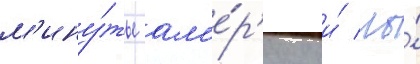
м'ину́ты ам'е́р'ику и́ мы́